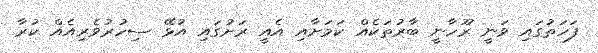
ފަހަތުގައި ވަނީ ރޫހާނީ ބާރުތަކެއް ކަމަށާއި އެއީ ރަށުގައި އުޅޭ ސިހުރުވެރިއެއް ކުރާ